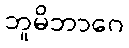
ဘူမိဘာဂေ